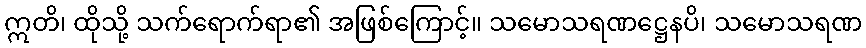
ဣတိ၊ ထိုသို့ သက်ရောက်ရာ၏ အဖြစ်ကြောင့်။ သမောသရဏဋ္ဌေနပိ၊ သမောသရဏ